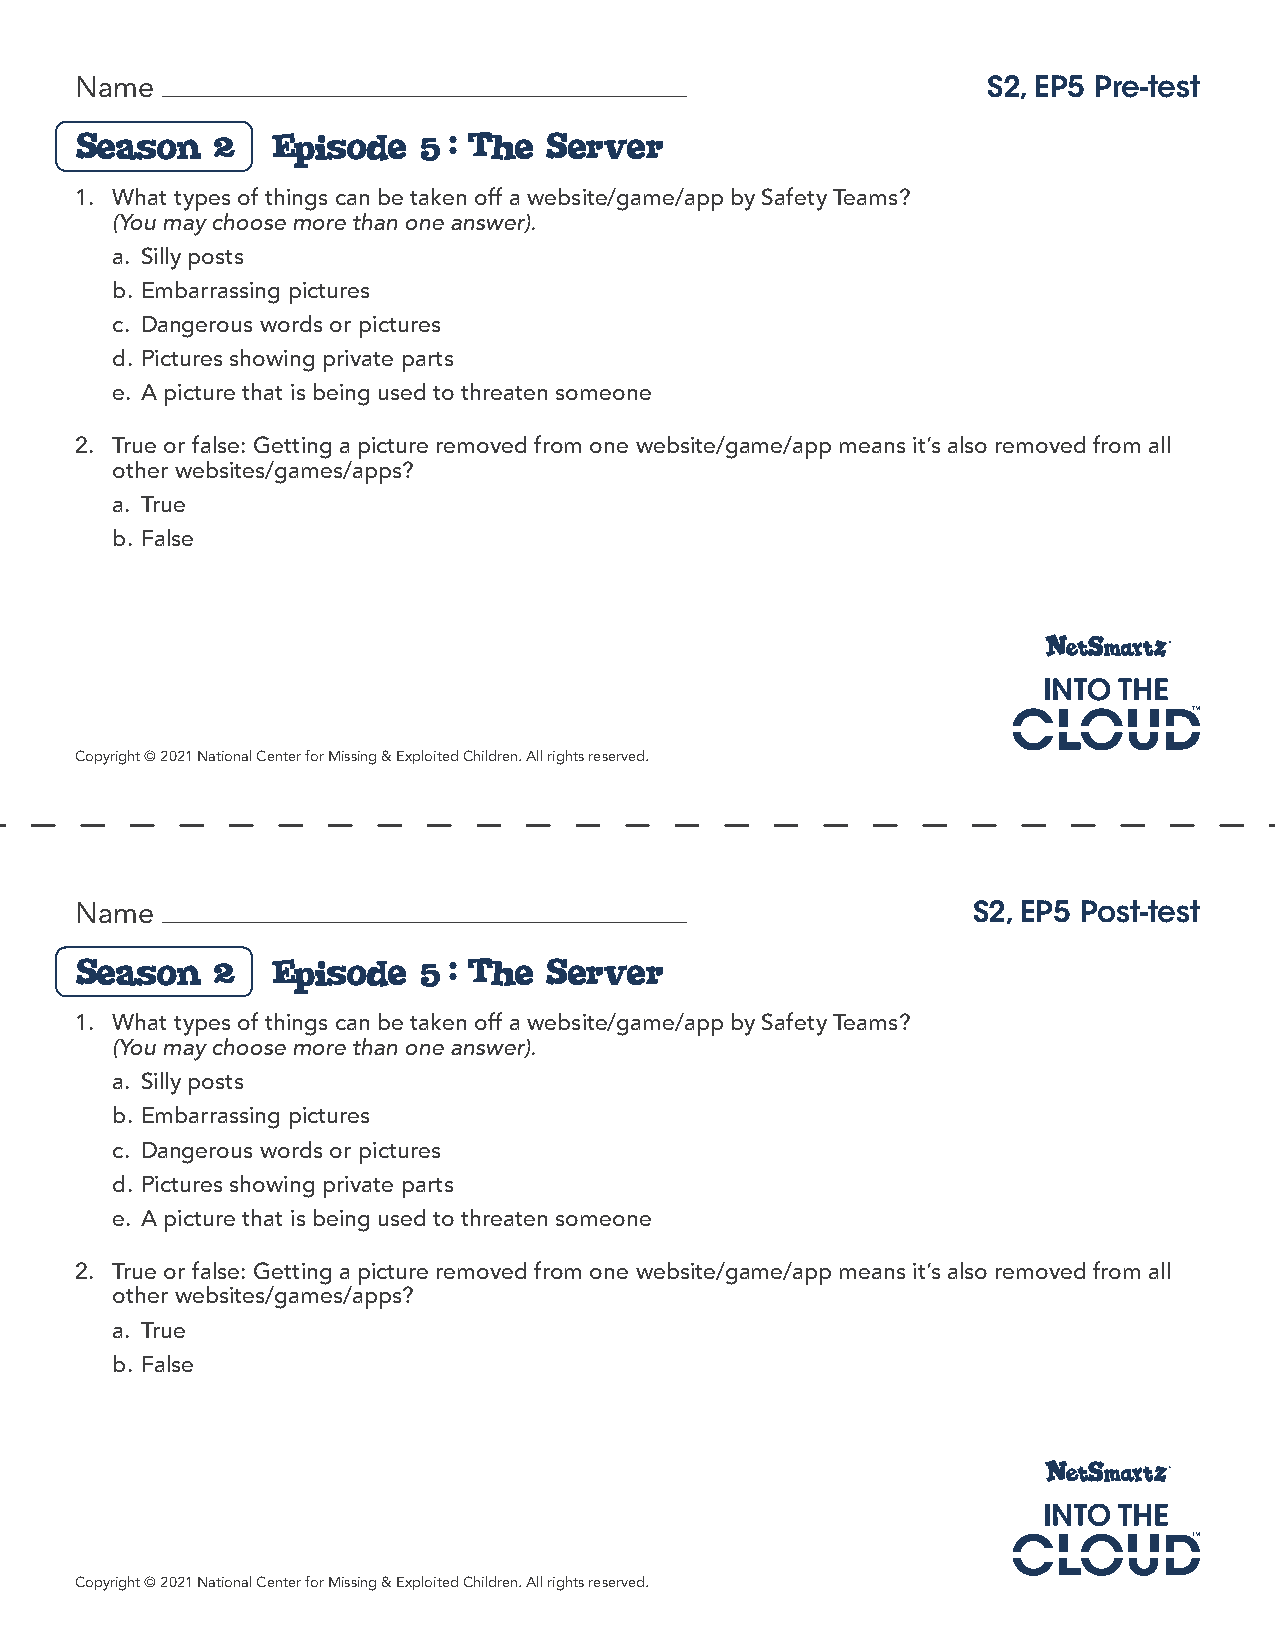
Name                                                        S2, EP5 Pre-test
 Season   2   Episode   5: The  Server
 1. What types of things can be taken off a website/game/app by Safety Teams?
 (You may choose more than one answer).
 a. Silly posts
 b. Embarrassing pictures
 c. Dangerous words or pictures
 d. Pictures showing private parts
 e. A picture that is being used to threaten someone
 2. True or false: Getting a picture removed from one website/game/app means it’s also removed from all
 other websites/games/apps?
 a. True
 b. False
 Copyright © 2021 National Center for Missing & Exploited Children. All rights reserved.
 Name                                                       S2, EP5 Post-test
 Season   2   Episode   5: The  Server
 1. What types of things can be taken off a website/game/app by Safety Teams?
 (You may choose more than one answer).
 a. Silly posts
 b. Embarrassing pictures
 c. Dangerous words or pictures
 d. Pictures showing private parts
 e. A picture that is being used to threaten someone
 2. True or false: Getting a picture removed from one website/game/app means it’s also removed from all
 other websites/games/apps?
 a. True
 b. False
 Copyright © 2021 National Center for Missing & Exploited Children. All rights reserved.